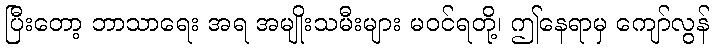
ပြီးတော့ ဘာသာရေး အရ အမျိုးသမီးများ မဝင်ရတို့၊ ဤနေရာမှ ကျော်လွန်